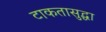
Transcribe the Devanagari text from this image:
टाकतासुद्धा